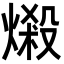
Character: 𪹤